Civil Veterinary Department. United Provinces 1912-22 - 1912-1922
Year: 1912
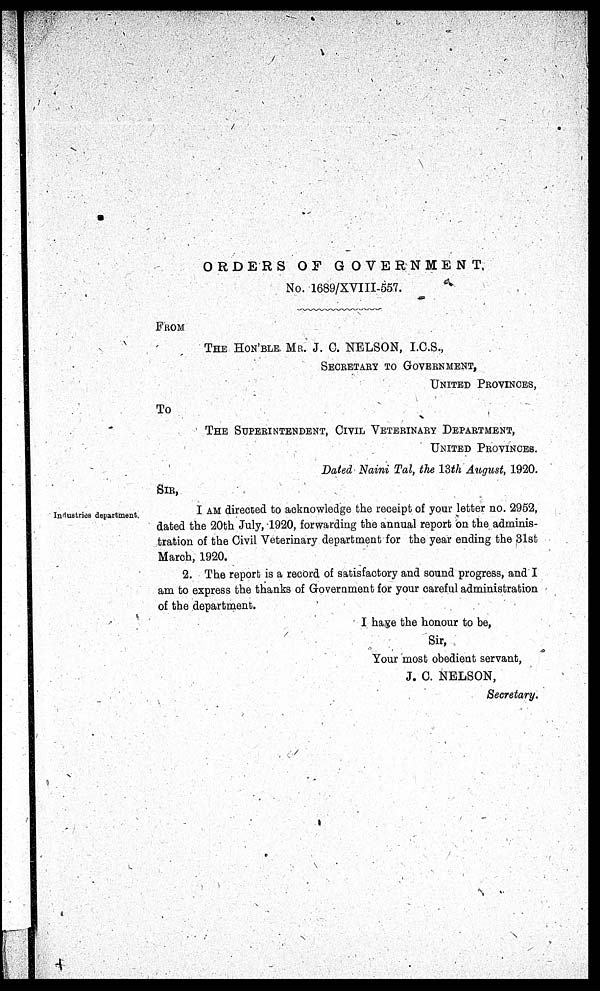
ORDERS
OF
GOVERNMENT,
No. 1689/XVIII-557.
FROM
THE HON BLE. MR. J. C. NELSON, I.C.S.,
SECRETARY TO GOVERNMENT,
UNITED
PROVINCES,
TO
THE SUPERITENDENT, CIVIL VETERINARI DEPARTMENT,
UNITED
PROVINCES.
Dated Naim Tal, the 13th August, 1920.
SIR,
Industries department.
I AM directed to acknowledge the receipt of your letter no. 2952,
dated the 20th July, 1920, forwarding the annual report on the adminis-
tration of the Civil Veterinary department for the year ending the 31st
March, 1920.
2. The report is a record of satisfactory and sound progress, and I
am to express the thanks of Government for your careful administration
of the department.
I have the honour to be,
Sir,
Your most obedient servant,
J. C. NELSON,
Secretary.